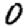
Digit: 0